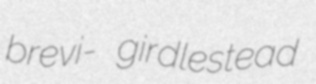
brevi- girdlestead